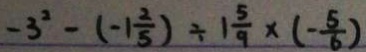
- 3 ^ { 2 } - ( - 1 \frac { 2 } { 5 } ) \div 1 \frac { 5 } { 9 } \times ( - \frac { 5 } { 6 } )